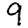
Digit: 9